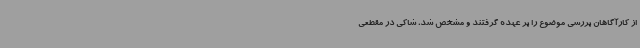
از کارآگاهان بررسی موضوع را بر عهده گرفتند و مشخص شد، شاکی در مقطعی